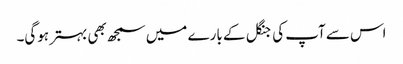
اس سے آپ کی جنگل کے بارے میں سمجھ بھی بہتر ہوگی۔